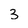
Character: 3